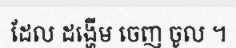
ដែល ដង្ហើម ចេញ ចូល ។